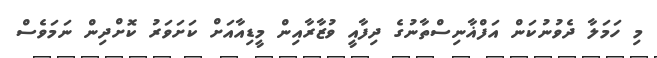
މި ހަމަލާ ދެވުނުކަން އަފްޣާނިސްތާނުގެ ދިފާއީ ވުޒާރާއިން މީޑިއާއަށް ކަށަވަރު ކޮށްދިން ނަމަވެސް